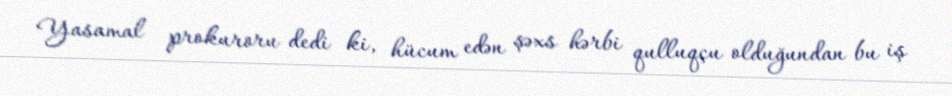
Yasamal prokuroru dedi ki, hücum edən şəxs hərbi qulluqçu olduğundan bu iş